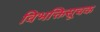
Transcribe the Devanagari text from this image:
विभक्तिसूचक